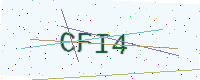
Text: CFI4